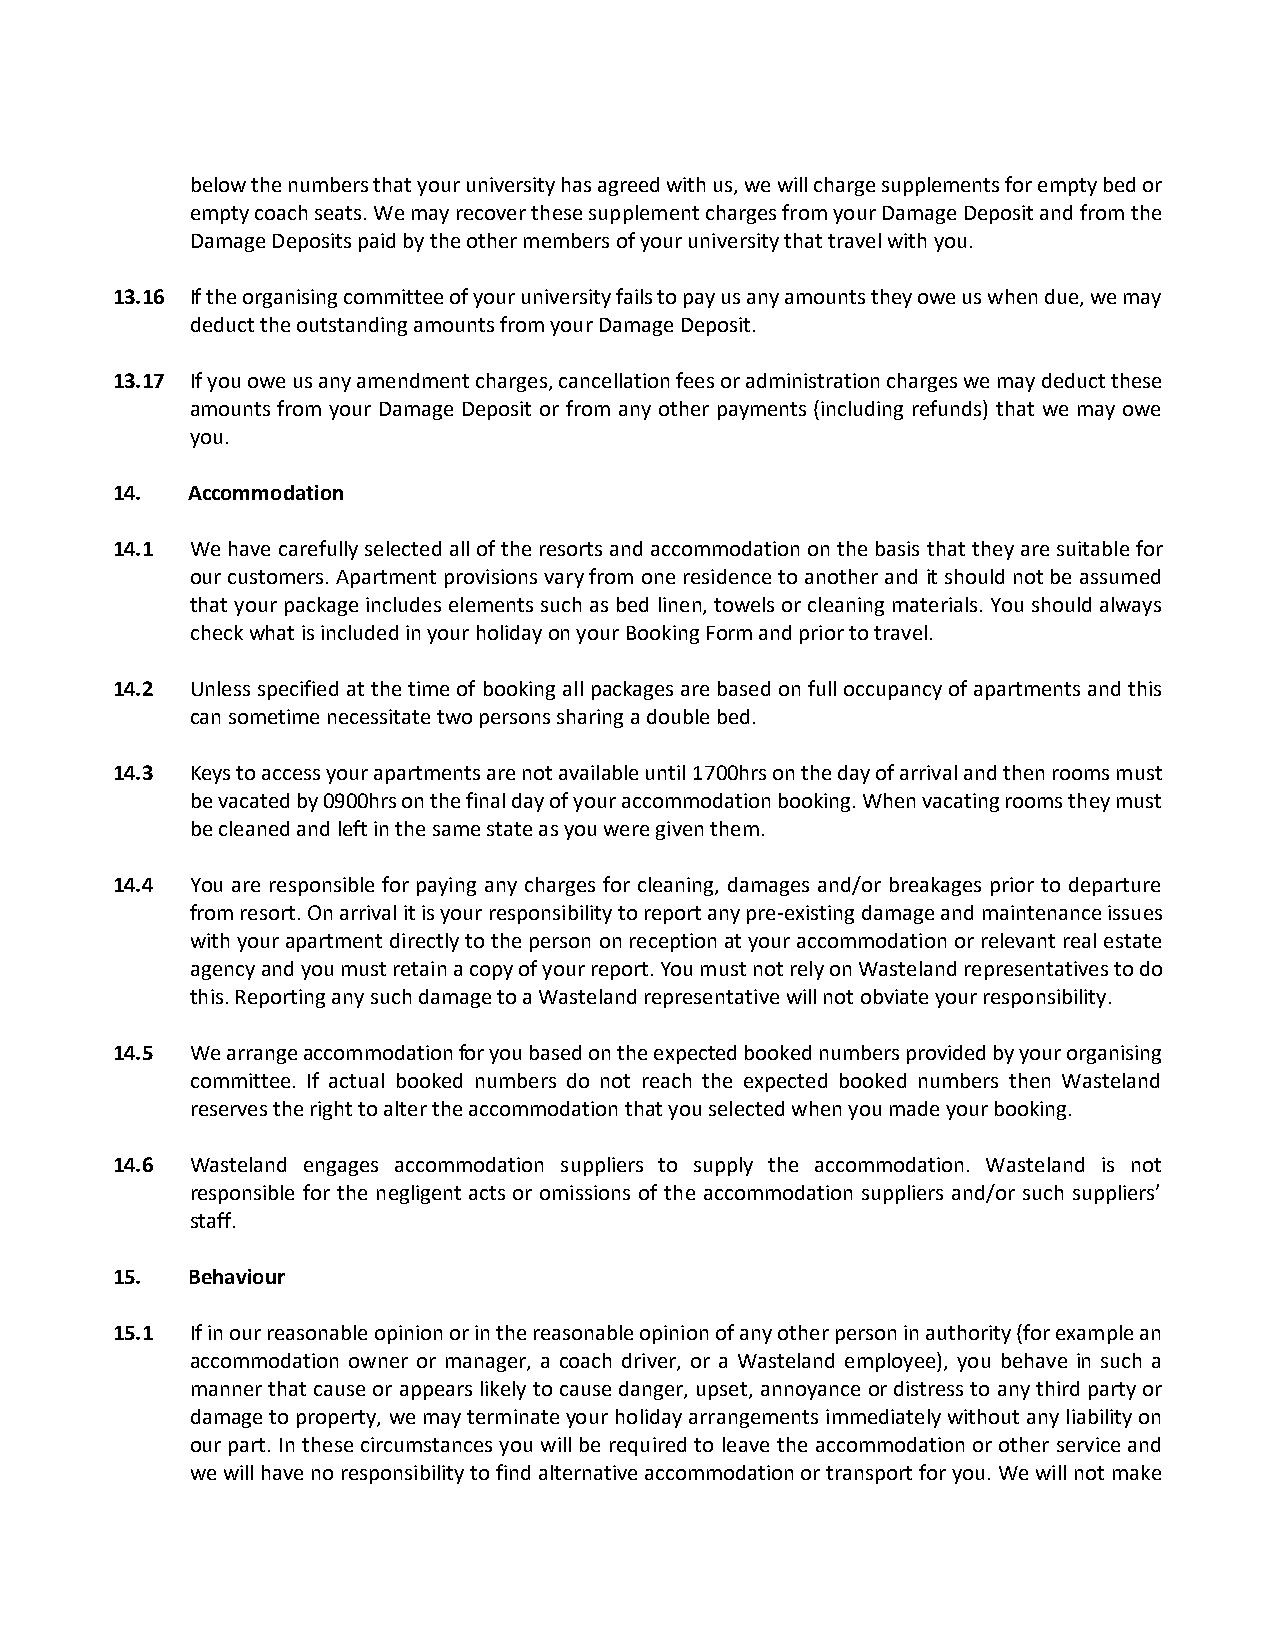
below the numbers that your university has agreed with us, we will charge supplements for empty bed or
 empty coach seats. We may recover these supplement charges from your Damage Deposit and from the
 Damage Deposits paid by the other members of your university that travel with you.
 13.16 If the organising committee of your university fails to pay us any amounts they owe us when due, we may
 deduct the outstanding amounts from your Damage Deposit.
 13.17 If you owe us any amendment charges, cancellation fees or administration charges we may deduct these
 amounts from your Damage Deposit or from any other payments (including refunds) that we may owe
 you.
 14.  Accommodation
 14.1  We have carefully selected all of the resorts and accommodation on the basis that they are suitable for
 our customers. Apartment provisions vary from one residence to another and it should not be assumed
 that your package includes elements such as bed linen, towels or cleaning materials. You should always
 check what is included in your holiday on your Booking Form and prior to travel.
 14.2  Unless specified at the time of booking all packages are based on full occupancy of apartments and this
 can sometime necessitate two persons sharing a double bed.
 14.3  Keys to access your apartments are not available until 1700hrs on the day of arrival and then rooms must
 be vacated by 0900hrs on the final day of your accommodation booking. When vacating rooms they must
 be cleaned and left in the same state as you were given them.
 14.4  You are responsible for paying any charges for cleaning, damages and/or breakages prior to departure
 from resort. On arrival it is your responsibility to report any pre-existing damage and maintenance issues
 with your apartment directly to the person on reception at your accommodation or relevant real estate
 agency and you must retain a copy of your report. You must not rely on Wasteland representatives to do
 this. Reporting any such damage to a Wasteland representative will not obviate your responsibility.
 14.5  We arrange accommodation for you based on the expected booked numbers provided by your organising
 committee. If actual booked numbers do not reach the expected booked numbers then Wasteland
 reserves the right to alter the accommodation that you selected when you made your booking.
 14.6  Wasteland engages accommodation suppliers to supply the accommodation. Wasteland is not
 responsible for the negligent acts or omissions of the accommodation suppliers and/or such suppliers’
 staff.
 15.  Behaviour
 15.1  If in our reasonable opinion or in the reasonable opinion of any other person in authority (for example an
 accommodation owner or manager, a coach driver, or a Wasteland employee), you behave in such a
 manner that cause or appears likely to cause danger, upset, annoyance or distress to any third party or
 damage to property, we may terminate your holiday arrangements immediately without any liability on
 our part. In these circumstances you will be required to leave the accommodation or other service and
 we will have no responsibility to find alternative accommodation or transport for you. We will not make